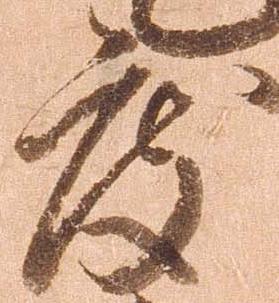
度